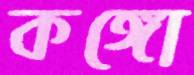
কঙ্গো